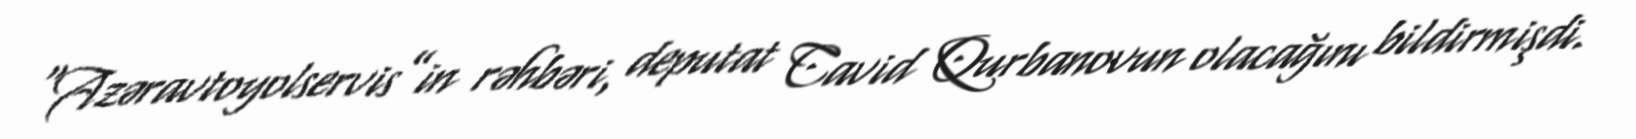
“Azəravtoyolservis”in rəhbəri, deputat Cavid Qurbanovun olacağını bildirmişdi.